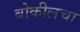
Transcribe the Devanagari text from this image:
बोकीलचा